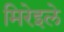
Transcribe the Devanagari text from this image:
मिरेइले